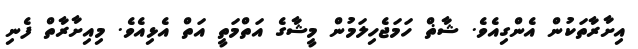
އިށާރާތަކުން އެންގިއެވެ. ޝާޡް ހަމަޖެހިލަމުން މީޝާގެ އަތްމަތީ އަތް އެޅިއެވެ. މިއިށާރާތް ފެނި